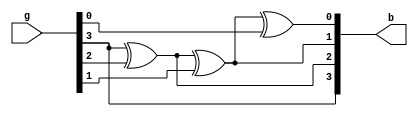
module gray2bin(g,b);
input [1:4]g;
output reg [1:4]b;

always @(g)
begin
b[1]=g[1];
b[2]=b[1]^g[2];
b[3]=b[2]^g[3];
b[4]=b[3]^g[4];
end
endmodule